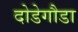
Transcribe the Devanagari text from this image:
दोडेगौडा